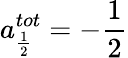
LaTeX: a_{\frac 12}^{tot}=-\frac 12